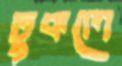
ঢুকলে